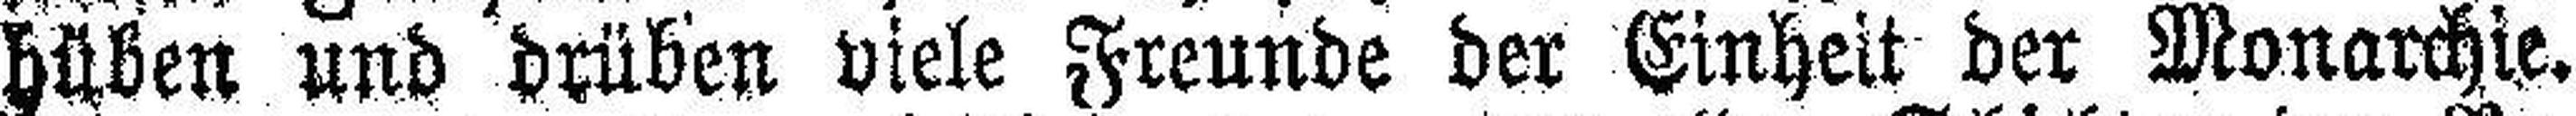
hüben und drüben viele Freunde der Einheit der Monarchie.